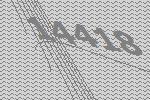
14418